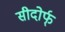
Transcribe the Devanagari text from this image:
सीदोर्फ्